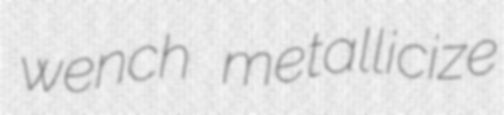
wench metallicize